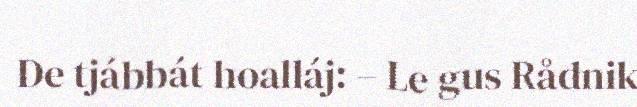
De tjábbát hoalláj: – Le gus Rådnik